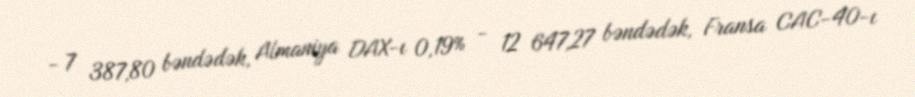
- 7 387,80 bəndədək, Almaniya DAX-ı 0,19% - 12 647,27 bəndədək, Fransa CAC-40-ı